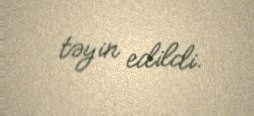
təyin edildi.